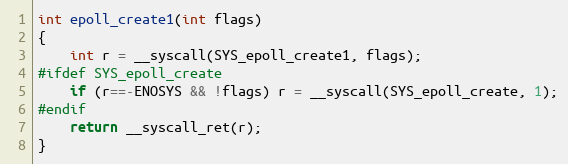
Language: C
int epoll_create1(int flags)
{
	int r = __syscall(SYS_epoll_create1, flags);
#ifdef SYS_epoll_create
	if (r==-ENOSYS && !flags) r = __syscall(SYS_epoll_create, 1);
#endif
	return __syscall_ret(r);
}